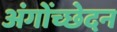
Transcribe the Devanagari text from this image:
अंगोंच्छेदन